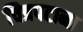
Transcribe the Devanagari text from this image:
चित्रपटाना